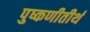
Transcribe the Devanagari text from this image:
पुष्कणीतीर्थ